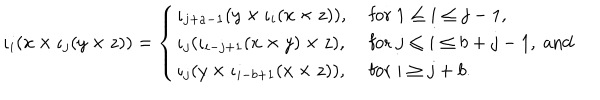
LaTeX: \iota _ { i } ( x \times \iota _ { j } ( y \times z ) ) = \left\{ \begin{array} { l l } { { \iota _ { j + a - 1 } ( y \times \iota _ { i } ( x \times z ) ) , } } & { { \mathrm { ~ f o r ~ } 1 \leq i \leq j - 1 , } } \\ { { \iota _ { j } ( \iota _ { i - j + 1 } ( x \times y ) \times z ) , } } & { { \mathrm { ~ f o r ~ } j \leq i \leq b + j - 1 , \mathrm { ~ a n d } } } \\ { { \iota _ { j } ( y \times \iota _ { i - b + 1 } ( x \times z ) ) , } } & { { \mathrm { ~ f o r ~ } i \geq j + b . } } \\ \end{array} \right.